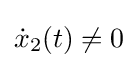
{\dot {x}}_{2}(t)\neq 0